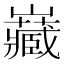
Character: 𭗶